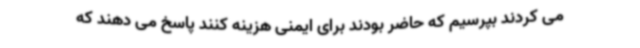
می کردند بپرسیم که حاضر بودند برای ایمنی هزینه کنند پاسخ می دهند که